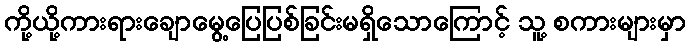
ကို့ယို့ကားရားချောမွေ့ပြေပြစ်ခြင်းမရှိသောကြောင့် သူ့ စကားများမှာ